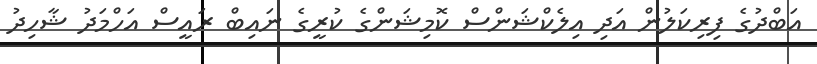
އަބްދުގެ ފިރިކަލުން އަދި އިލެކްޝަންސް ކޮމިޝަންގެ ކުރީގެ ނައިބް ރައީސް އަހްމަދު ޝާހިދު